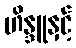
ဟိန္ဒူနှင့်